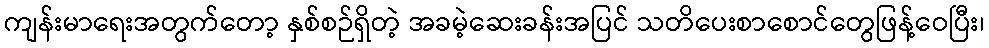
ကျန်းမာရေးအတွက်တော့ နှစ်စဉ်ရှိတဲ့ အခမဲ့ဆေးခန်းအပြင် သတိပေးစာစောင်တွေဖြန့်ဝေပြီး၊